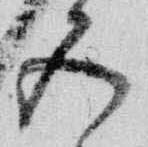
五